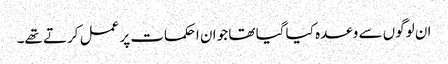
ان لوگوں سے وعدہ کیا گیا تھا جو ان احکمات پر عمل کرتے تھے۔